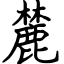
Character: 麓